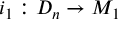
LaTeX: i _ { 1 } : D _ { n } \rightarrow M _ { 1 }